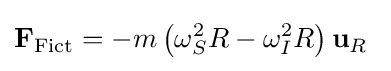
\mathbf {F} _{\mathrm {Fict} }=-m\left(\omega _{S}^{2}R-\omega _{I}^{2}R\right)\mathbf {u} _{R}\